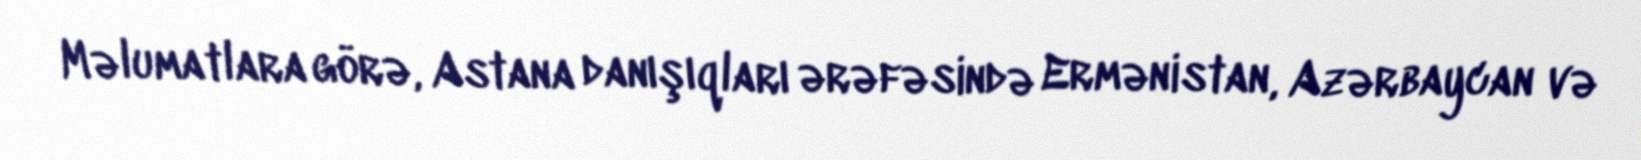
Məlumatlara görə, Astana danışıqları ərəfəsində Ermənistan, Azərbaycan və